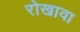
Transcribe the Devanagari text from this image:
रोखावा